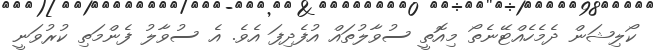
ކޯލިޝަން ދެމެހެއްޓޭނެތޯ މިއޮތީ ސުވާލުތައް އުފެދިފަ އެވެ. އެ ސުވާލު ފެންމަތި ކުރުވަނީ